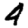
Digit: 4